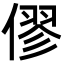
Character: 僇